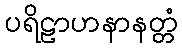
ပရိဠာဟနာနတ္တံ